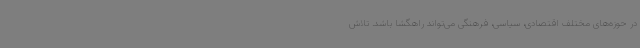
در حوزه‌های مختلف اقتصادی، سیاسی، فرهنگی می‌تواند راهگشا باشد. تلاش